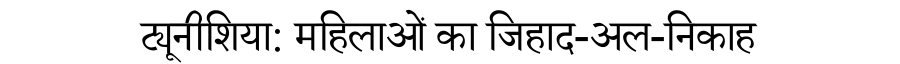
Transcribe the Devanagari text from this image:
ट्यूनीशिया: महिलाओं का जिहाद-अल-निकाह